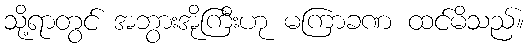
သို့ရာတွင် အဘွားအိုကြီးဟု မကြာခဏ ထင်မိသည်။